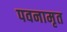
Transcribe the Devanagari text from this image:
पवनामृत